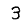
Digit: 3